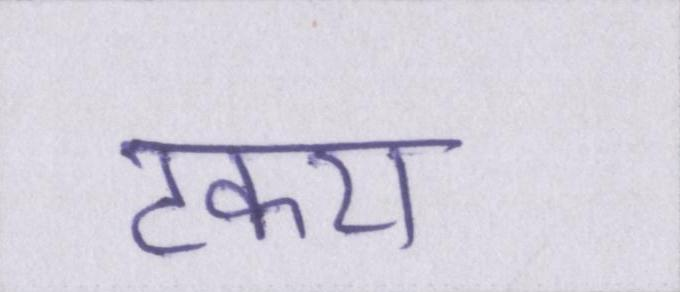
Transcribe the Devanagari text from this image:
टकरा